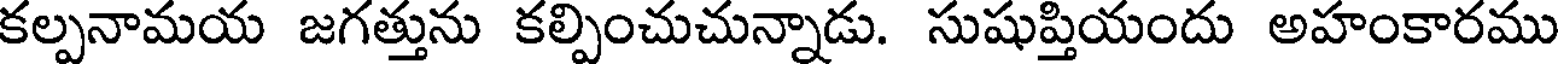
కల్పనామయ జగత్తును కల్పించుచున్నాడు. సుషుప్తియందు అహంకారము